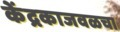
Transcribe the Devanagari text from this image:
केंद्रकाजवळचा